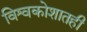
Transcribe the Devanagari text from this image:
विश्वकोशातही